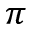
\pi